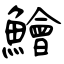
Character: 鱠